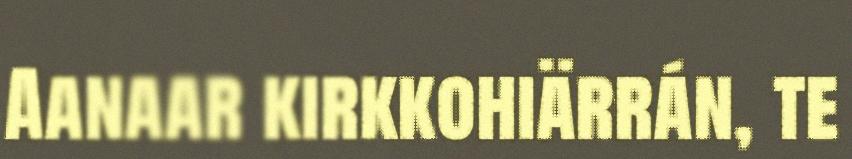
Aanaar kirkkohiärrán, te